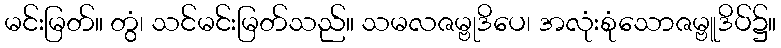
မင်းမြတ်။ တွံ၊ သင်မင်းမြတ်သည်။ သမလဇမ္ဗုဒိပေ၊ အလုံးစုံသောဇမ္ဗူဒိပ်၌။